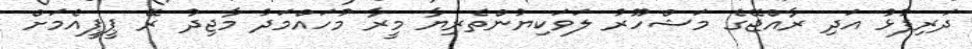
ދަރިފުޅު އަދި ރާއްޖޭގެ މަޝްހޫރު ލަވަކިޔުންތެރިޔާ މީރާ މުހައްމަދު މާޖިދު ރޭ ޕީޕީއެމަށް